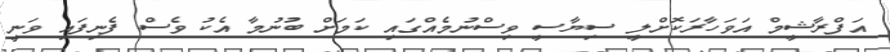
އަފްރާޝީމް އަވަހާރަކޮށްލީ ސިޔާސީ ވިސްނުމެއްގައި ކަމަށް ބުނުމާ އެކު ވެސް ފެނިފައި ވަނީ